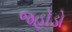
જહોડો